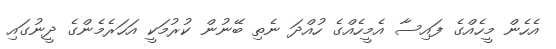
އެހެން މީހެއްގެ ފައިސާ އެމީހެއްގެ ހުއްދަ ނެތި ބޭނުން ކުރުމަކީ އަހަރެމެންގެ ދީނުގައި